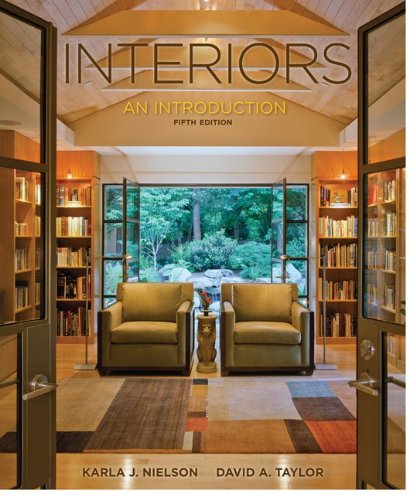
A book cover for Interiors; Karla Nielson; Arts & Photography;